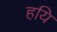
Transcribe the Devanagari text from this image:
हयि